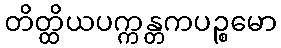
တိတ္ထိယပက္ကန္တကပဉ္စမော